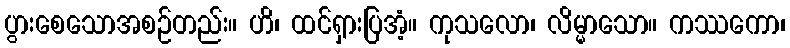
ပွားစေသောအစဉ်တည်း။ ဟိ၊ ထင်ရှားပြအံ့။ ကုသလော၊ လိမ္မာသော။ ကဿကော၊